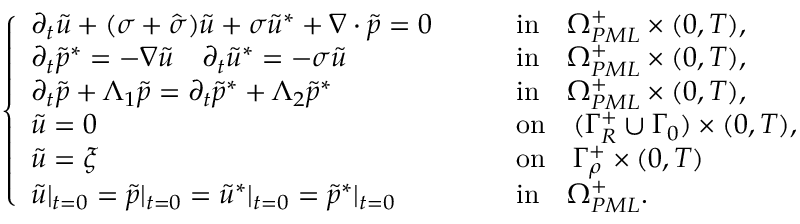
\begin{array} { r } { \left\{ \begin{array} { l l l } { \partial _ { t } \tilde { u } + ( \sigma + \hat { \sigma } ) \tilde { u } + \sigma \tilde { u } ^ { * } + \nabla \cdot \tilde { p } = 0 \quad } & & { \mathrm { i n } \quad \Omega _ { P M L } ^ { + } \times ( 0 , T ) , } \\ { \partial _ { t } \tilde { p } ^ { * } = - \nabla \tilde { u } \quad \partial _ { t } \tilde { u } ^ { * } = - \sigma \tilde { u } \quad } & & { \mathrm { i n } \quad \Omega _ { P M L } ^ { + } \times ( 0 , T ) , } \\ { \partial _ { t } \tilde { p } + \Lambda _ { 1 } \tilde { p } = \partial _ { t } \tilde { p } ^ { * } + \Lambda _ { 2 } \tilde { p } ^ { * } \quad } & & { \mathrm { i n } \quad \Omega _ { P M L } ^ { + } \times ( 0 , T ) , } \\ { \tilde { u } = 0 \quad } & & { \mathrm { o n } \quad ( \Gamma _ { R } ^ { + } \cup \Gamma _ { 0 } ) \times ( 0 , T ) , } \\ { \tilde { u } = \xi \quad } & & { \mathrm { o n } \quad \Gamma _ { \rho } ^ { + } \times ( 0 , T ) } \\ { \tilde { u } | _ { t = 0 } = \tilde { p } | _ { t = 0 } = \tilde { u } ^ { * } | _ { t = 0 } = \tilde { p } ^ { * } | _ { t = 0 } \quad } & & { \mathrm { i n } \quad \Omega _ { P M L } ^ { + } . } \end{array} \right. } \end{array}